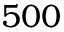
5 0 0